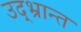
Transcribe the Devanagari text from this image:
उद्‌भ्रान्त